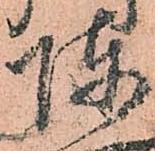
陣